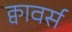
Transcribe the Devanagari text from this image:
क्वावर्स